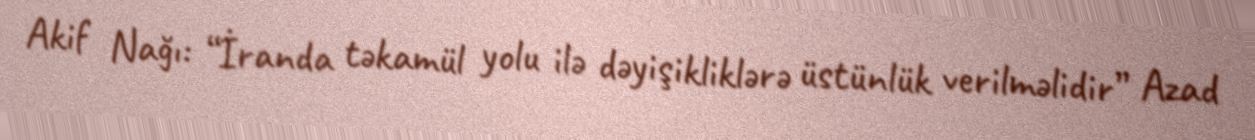
Akif Nağı: “İranda təkamül yolu ilə dəyişikliklərə üstünlük verilməlidir” Azad